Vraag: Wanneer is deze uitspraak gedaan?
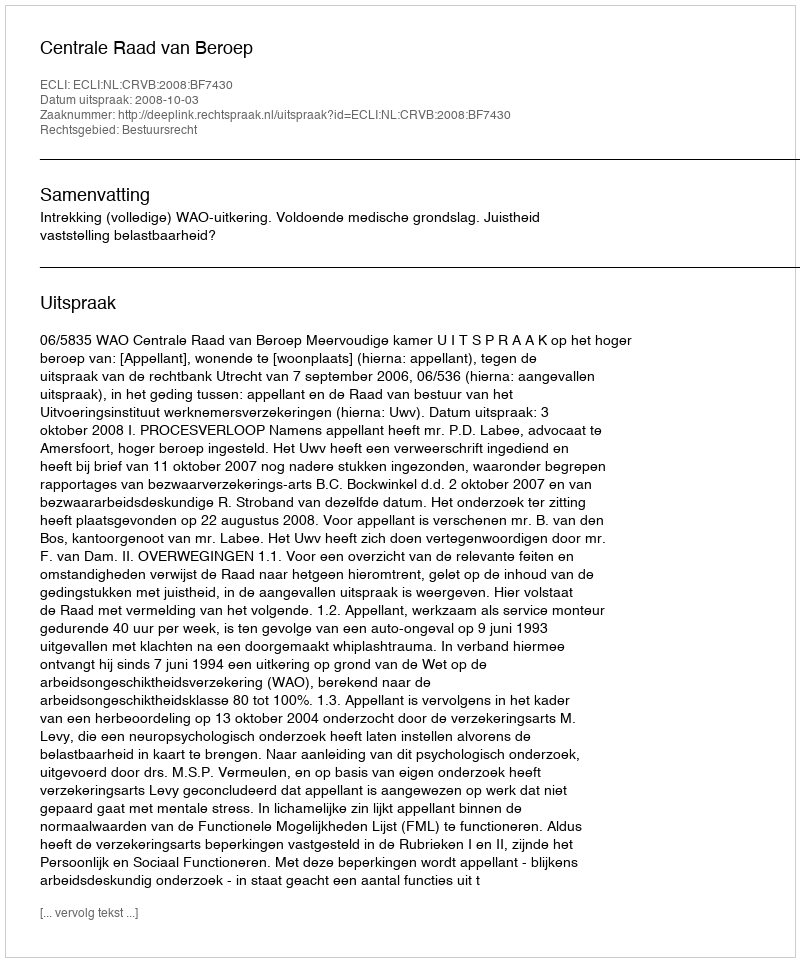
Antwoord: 2008-10-03